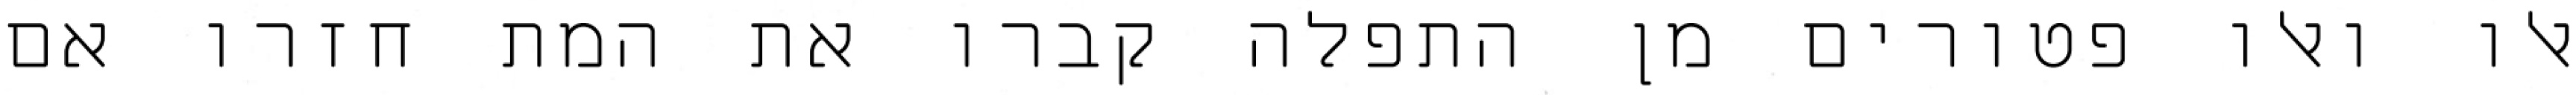
אלו ואלו פטורים מן התפלה קברו את המת חזרו אם